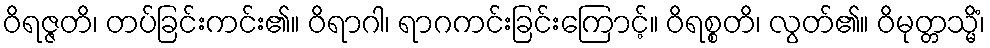
ဝိရဇ္ဇတိ၊ တပ်ခြင်းကင်း၏။ ဝိရာဂါ၊ ရာဂကင်းခြင်းကြောင့်။ ဝိရစ္စတိ၊ လွတ်၏။ ဝိမုတ္တသ္မိံ၊